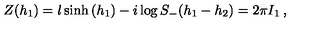
Z ( h _ { 1 } ) = l \sinh \left( h _ { 1 } \right) - i \log S _ { - } ( h _ { 1 } - h _ { 2 } ) = 2 \pi I _ { 1 } \: ,